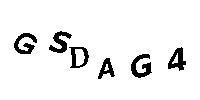
GSDAG4